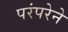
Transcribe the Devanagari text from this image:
परंंपरेने